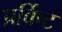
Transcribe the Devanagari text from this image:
प्रर्विष्ट